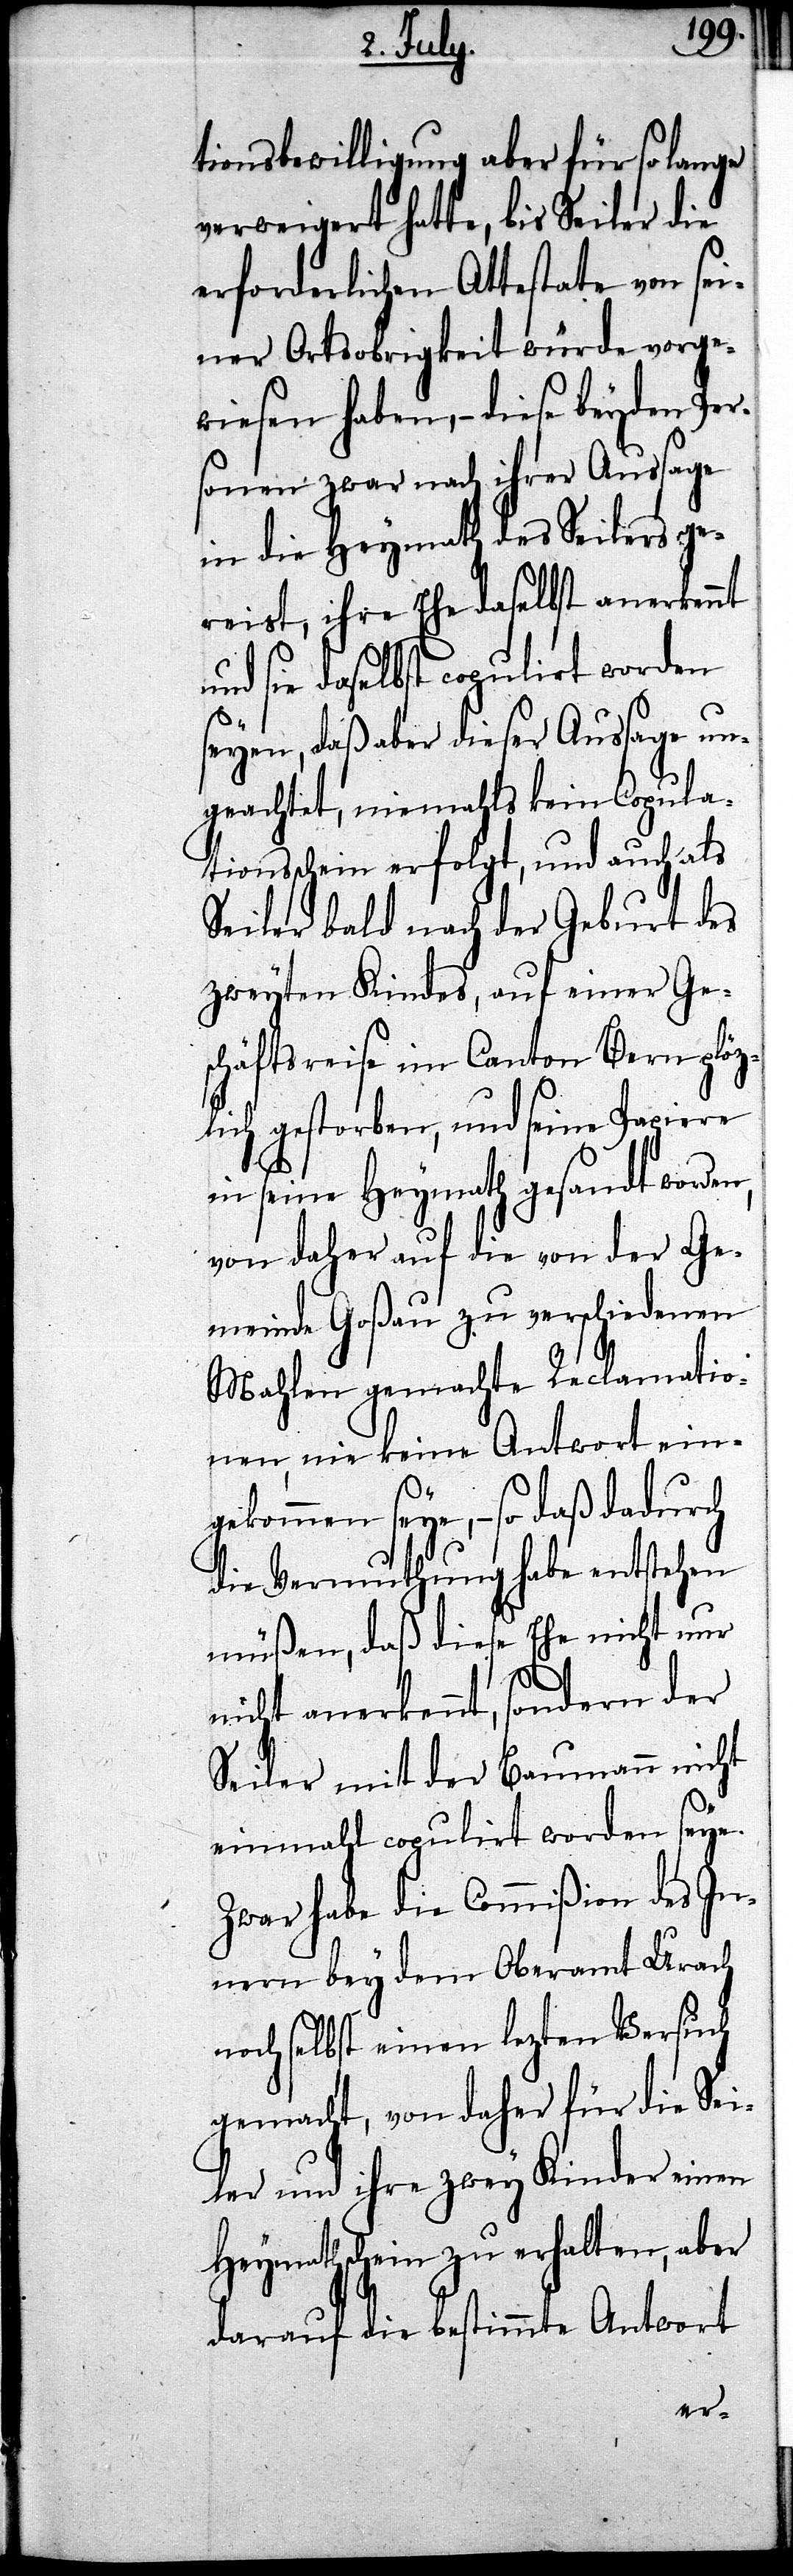
tionsbewilligung aber für so lange
verweigert hatte, bis Seiler die
erforderlichen Attestate von sei¬
ner Ortsobrigkeit würde vorge¬
wiesen haben, – diese beyden Per¬
sonen zwar nach ihrer Aussage
in die Heymath des Seilers ge¬
reist, ihre Ehe daselbst anerkennt
und sie daselbst copulirt worden
seyen, daß aber dieser Aussage un¬
geachtet, niemahls kein Copula¬
tionsschein erfolgt, und auch als
Seiler bald nach der Geburt des
zweyten Kindes, auf einer Ge¬
schäftsreise im Canton Bern plöz¬
lich gestorben, und seine Papiere
in seine Heymath gesandt worden,
von daher auf die von der Ge¬
meinde Goßau zu verschiedenen
Mahlen gemachte Reclamatio¬
nen, nie keine Antwort ein¬
gekommen seye, – so daß dadurch
die Vermuthung habe entstehen
müßen, daß diese Ehe nicht nur
nicht anerkennt, sondern der
Seiler mit der Baumann nicht
einmahl copulirt worden seye.
Zwar habe die Commißion des In¬
nern bey dem Oberamt Urach
noch selbst einen lezten Versuch
gemacht, von daher für die Sei¬
ler und ihre zwey Kinder einen
Heymathschein zu erhalten, aber
darauf die bestimmte Antwort